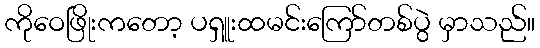
ကိုဝေဖြိုးကတော့ ပရှူးထမင်းကြော်တစ်ပွဲ မှာသည်။